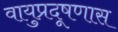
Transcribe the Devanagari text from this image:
वायुप्रदूषणास